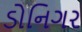
ડોનિગર